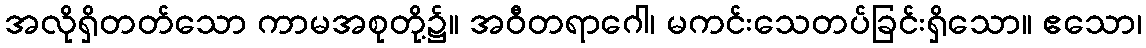
အလိုရှိတတ်သော ကာမအစုတို့၌။ အဝီတရာဂေါ၊ မကင်းသေတပ်ခြင်းရှိသော။ ဧသော၊